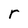
Character: r